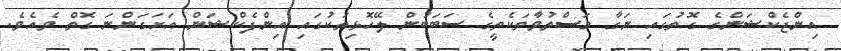
އިންޖެކްޝަންގެ ގޮތުގައި ނަގާ މަސްތުވާތަކެތީގެ ސަބަބުން ލޭހޮޅިތަކުގައި އިންފެކްޝަން އަށަގަންނަ ގޮތް ވެއެވެ.